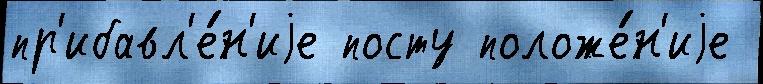
пр'ибавл'е́н'иjе посту положе́н'иjе